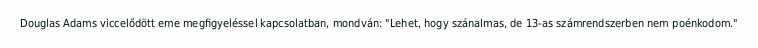
Douglas Adams viccelődött eme megfigyeléssel kapcsolatban, mondván: "Lehet, hogy szánalmas, de 13-as számrendszerben nem poénkodom."